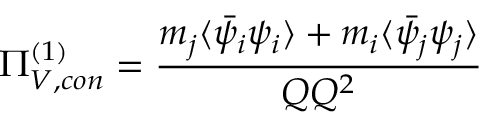
\Pi _ { V , c o n } ^ { ( 1 ) } = \frac { m _ { j } \langle \bar { \psi _ { i } } \psi _ { i } \rangle + m _ { i } \langle \bar { \psi _ { j } } \psi _ { j } \rangle } { Q Q ^ { 2 } }